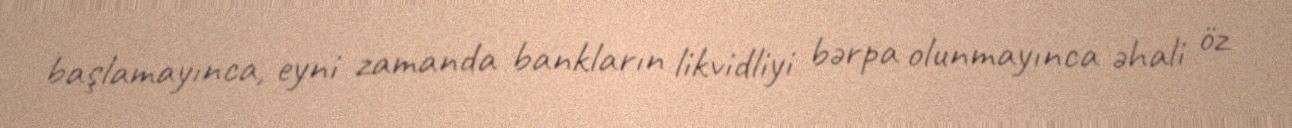
başlamayınca, eyni zamanda bankların likvidliyi bərpa olunmayınca əhali öz